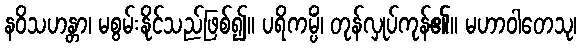
နဝိသဟန္တာ၊ မစွမ်းနိုင်သည်ဖြစ်၍။ ပရိကမ္ပိံ၊ တုန်လှုပ်ကုန်၏။ မဟာဝါတေသု၊